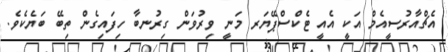
އެޗްއާރުސީއެމް އަކީ އެއީ ޓެކްސްޕޭޔަރ މަނީ ވިރުވަން ގިރުނބާ ހިފައިގެން ތިބޭ ބަޔެކެެވެ.